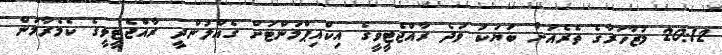
20:12 މުޒާހަރާގެ ތެރެއަށް ބަޔަކު ވަދެ ރާއްޖެޓީވީގެ އިކްއިޕްމަންޓަށް ގެއްލުންދީ ރާއްޖެޓީވީގެ ކެމެރާމަން